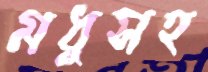
মধুসহ